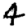
Digit: 4